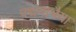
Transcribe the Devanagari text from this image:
पद्मनाभैया